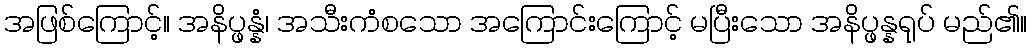
အဖြစ်ကြောင့်။ အနိပ္ဖန္နံ၊ အသီးကံစသော အကြောင်းကြောင့် မပြီးသော အနိပ္ဖန္နရုပ် မည်၏။